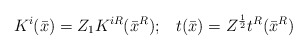
\begin{align*}K^i (\bar{x}) = Z_1 K^{iR} (\bar{x}^R);\;\;\; t (\bar{x}) = Z^{\frac{ 1}{2}}t^R (\bar{x}^R) \end{align*}